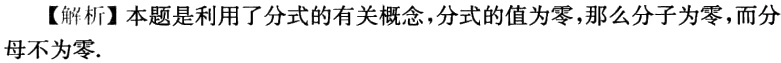
【解析】本题是利用了分式的有关概念，分式的值为零，那么分子为零，而分母不为零.